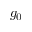
g _ { 0 }